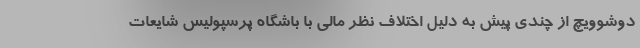
دوشوویچ از چندی پیش به دلیل اختلاف نظر مالی با باشگاه پرسپولیس شایعات